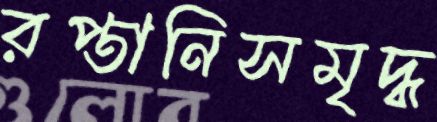
রপ্তানিসমৃদ্ধ